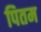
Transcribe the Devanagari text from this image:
पितम